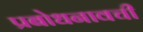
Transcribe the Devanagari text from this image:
प्रबोधनावची